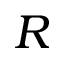
R